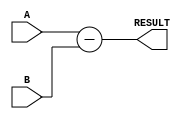
module Subtractor(
    input [7:0] A,
    input [7:0] B,
    output reg [7:0] RESULT
);

always @* begin
    RESULT = A - B;
end

endmodule